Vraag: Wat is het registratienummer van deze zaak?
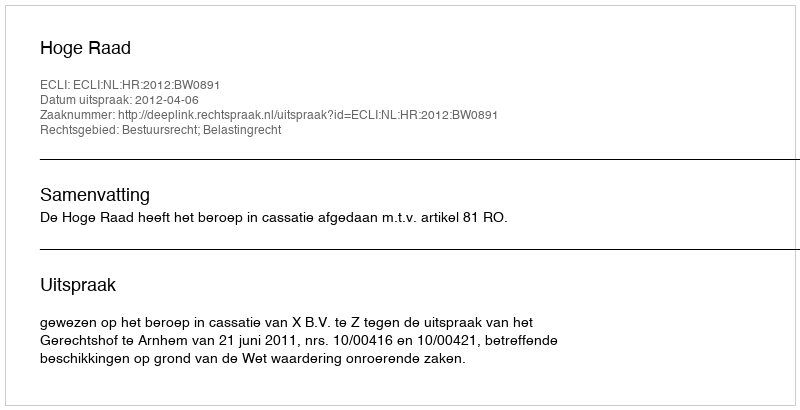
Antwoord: http://deeplink.rechtspraak.nl/uitspraak?id=ECLI:NL:HR:2012:BW0891